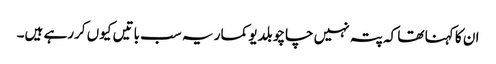
ان کا کہنا تھا کہ پتہ نہیں چاچو بلدیو کمار یہ سب باتیں کیوں کررہے ہیں۔